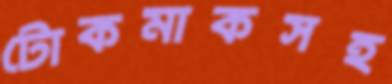
টোকমাকসহ